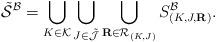
LaTeX: \begin{align*}\tilde{\mathcal{S}}^{\mathcal{B}} = \bigcup_{K \in \mathcal{K}} \bigcup_{J \in \tilde{ \mathcal{J}} }\bigcup_{\mathbf{R} \in \mathcal{R}_{(K,J)}} {S}_{(K,J,\mathbf{R})}^\mathcal{B}. \end{align*}